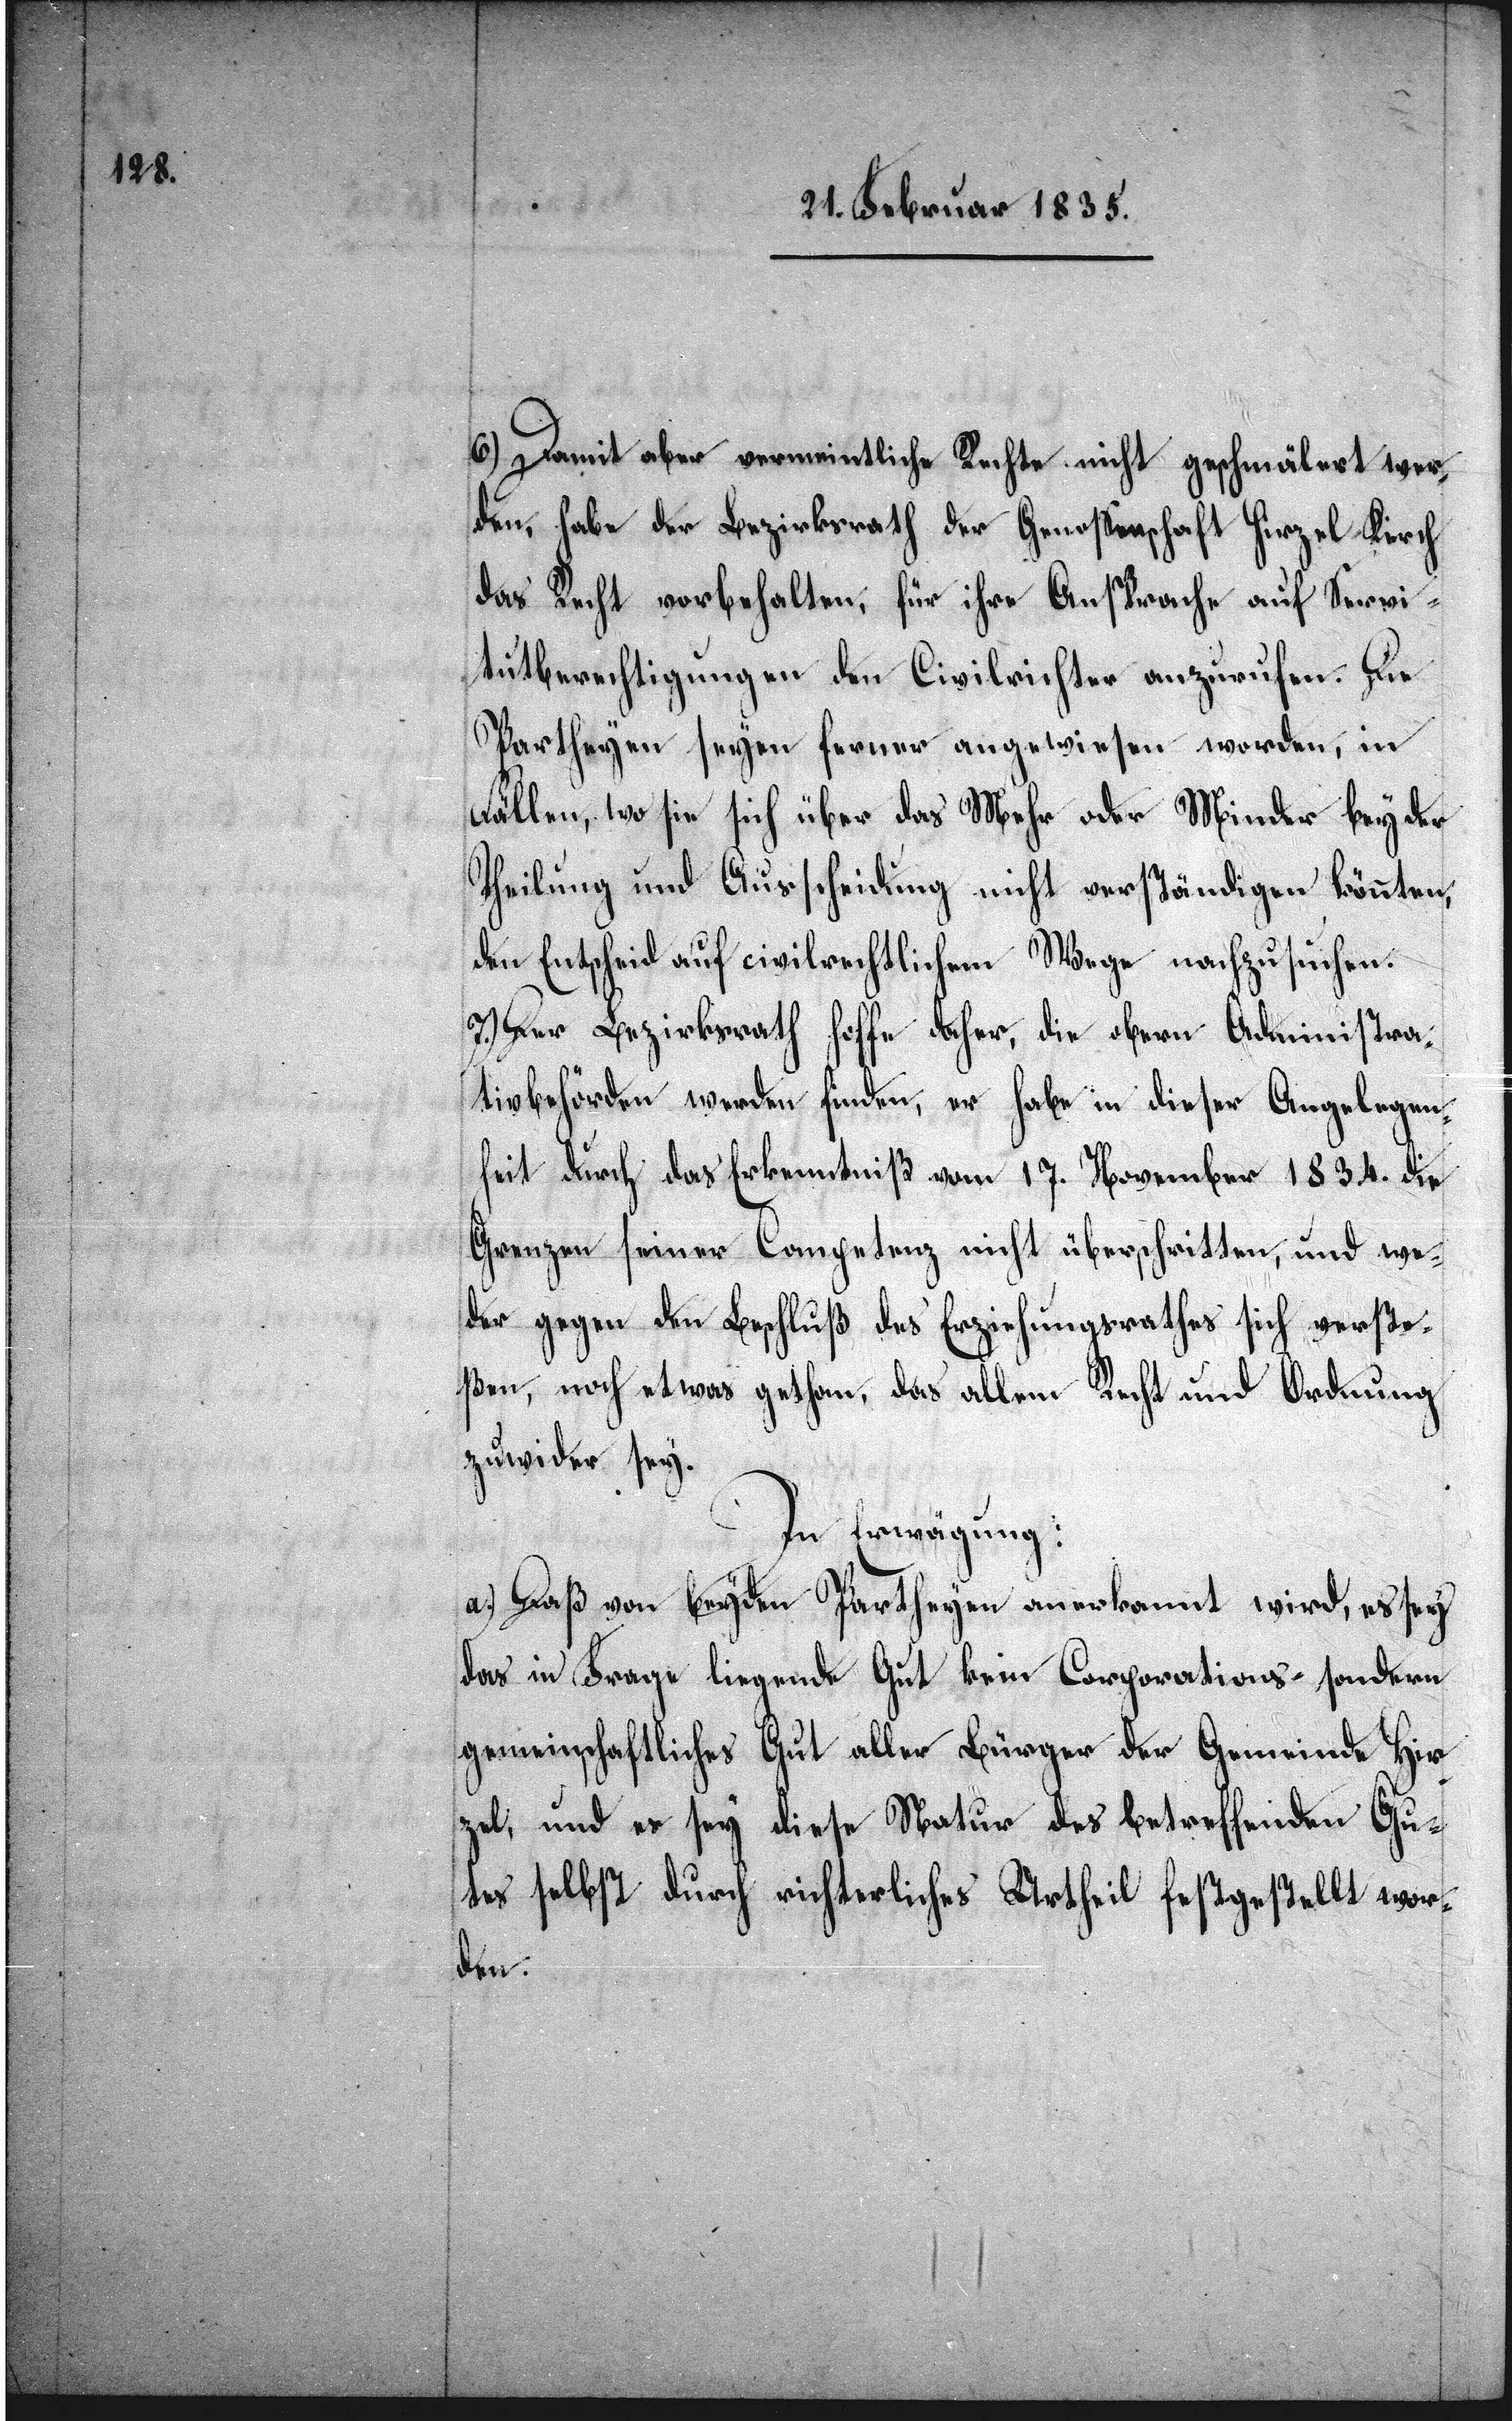
6) Damit aber vermeintliche Rechte nicht geschmälert wer¬
den, habe der Bezirksrath der Genoßenschaft Hirzel-Kirch
das Recht vorbehalten, für ihre Ansprache auf Servi¬
tutberechtigungen den Civilrichter anzurufen. Die
Parteyen seyen ferner angewiesen worden, in
Fällen, wo sie sich über das Mehr oder Minder bey der
Theilung und Ausscheidung nicht verständigen könnten,
den Entscheid auf civilrechtlichem Wege nachzusuchen.
7.) Der Bezirksrath hoffe daher, die obern Administra¬
tivbehören werden finden, er habe in dieser Angelegen¬
heit durch das Erkenntniß vom 17. November 1834. die
Grenzen seiner Competenz nicht überschritten, und we¬
der gegen den Beschluß des Erziehungsrathes sich versto¬
ßen, noch etwas gethan, das allem Recht und Ordnung
zuwider sey.
In Erwägung:
a.) Daß beyden Partheyen anerkannt wird, es sey
das in Frage liegende Gut kein Corporations- sondern
gemeinschaftliches Gut aller Bürger der Gemeinde Hir¬
zel, und es sey diese Natur des betreffenden Gu¬
tes selbst durch richterliches Urtheil festgestellt wor¬
den.